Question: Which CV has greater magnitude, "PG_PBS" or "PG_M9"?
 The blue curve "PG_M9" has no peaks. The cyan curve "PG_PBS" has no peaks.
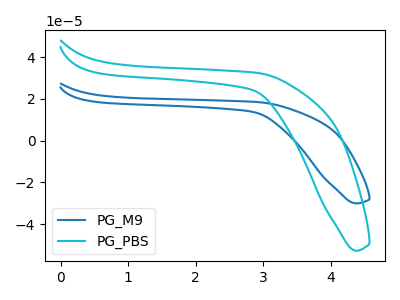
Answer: <think>Neither "PG_PBS" or "PG_M9" have any peaks.
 </think>
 <answer>I cant tell if "PG_PBS" or "PG_M9" has more signal.</answer>
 <eval>mixed_signal</eval>